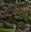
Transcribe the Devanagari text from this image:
चौधरीचे